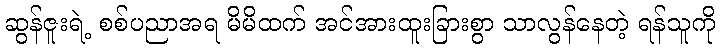
ဆွန်ဇူးရဲ့ စစ်ပညာအရ မိမိထက် အင်အားထူးခြားစွာ သာလွန်နေတဲ့ ရန်သူကို